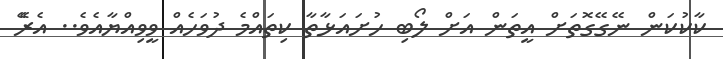
ކާކުކަން ނޭގޭގޮތަށް އީތަން އަށް ލޯބި ހުށައަޅާތާ ކިތައްމެ ދުވަހެއް ވީވިއްޔާއެވެ.. އެރެޭ